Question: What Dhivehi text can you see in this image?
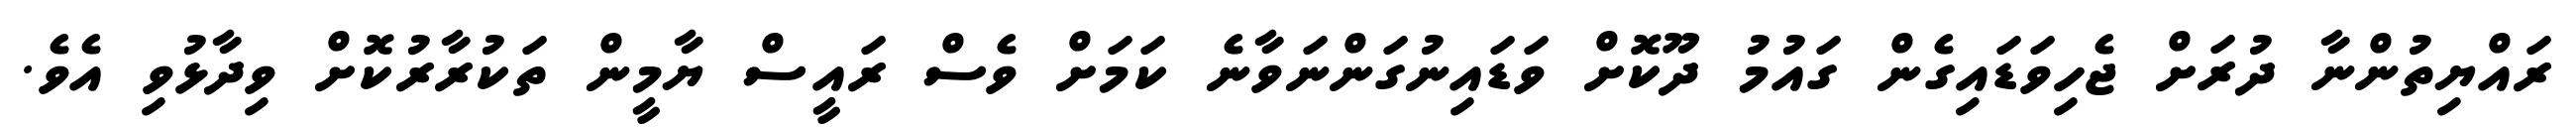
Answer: ރައްޔިތުންނާ ދުރަށް ޖެހިވަޑައިގެން ގައުމު ދޫކޮށް ވަޑައިނުގަންނަވާނެ ކަމަށް ވެސް ރައީސް ޔާމީން ތަކުރާރުކޮށް ވިދާޅުވި އެވެ.